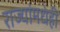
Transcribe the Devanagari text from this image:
राज्यांमधेही